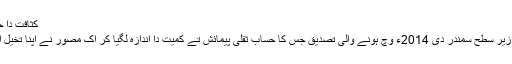
کثافت دا حساب [لکھو]
سیلیڈس دے زیر سطح سمندر دی 2014ء وچ ہونے والی تصدیق جس کا حساب ثقلی پیمائش تے کمیت دا اندازہ لگیا کر اک مصور نے اپنا تخیل استعمال کیتا۔